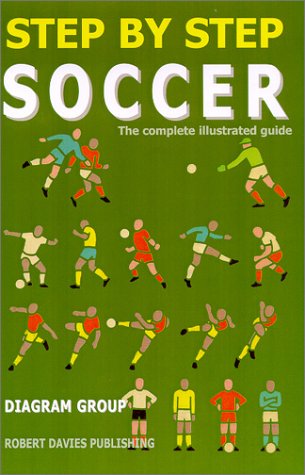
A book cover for Step by Step Soccer: The Complete Illustrated Guide (Step by Step Sports); Diagram Group; Teen & Young Adult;